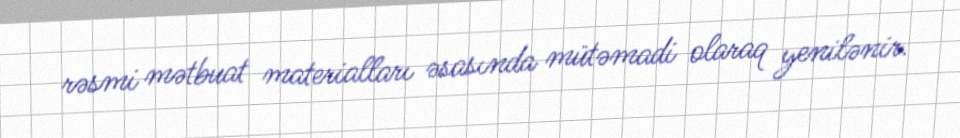
rəsmi mətbuat materialları əsasında mütəmadi olaraq yenilənir.